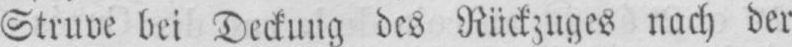
Struve bei Deckung des Rückzuges nach der